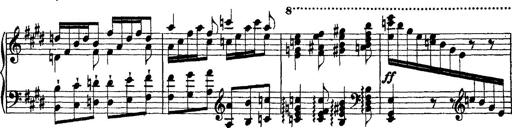
Title: Morceau de Salon
Composer: Josef Adalbert Pacher
Key: D-flat major